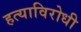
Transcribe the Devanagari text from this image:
हत्याविरोधी